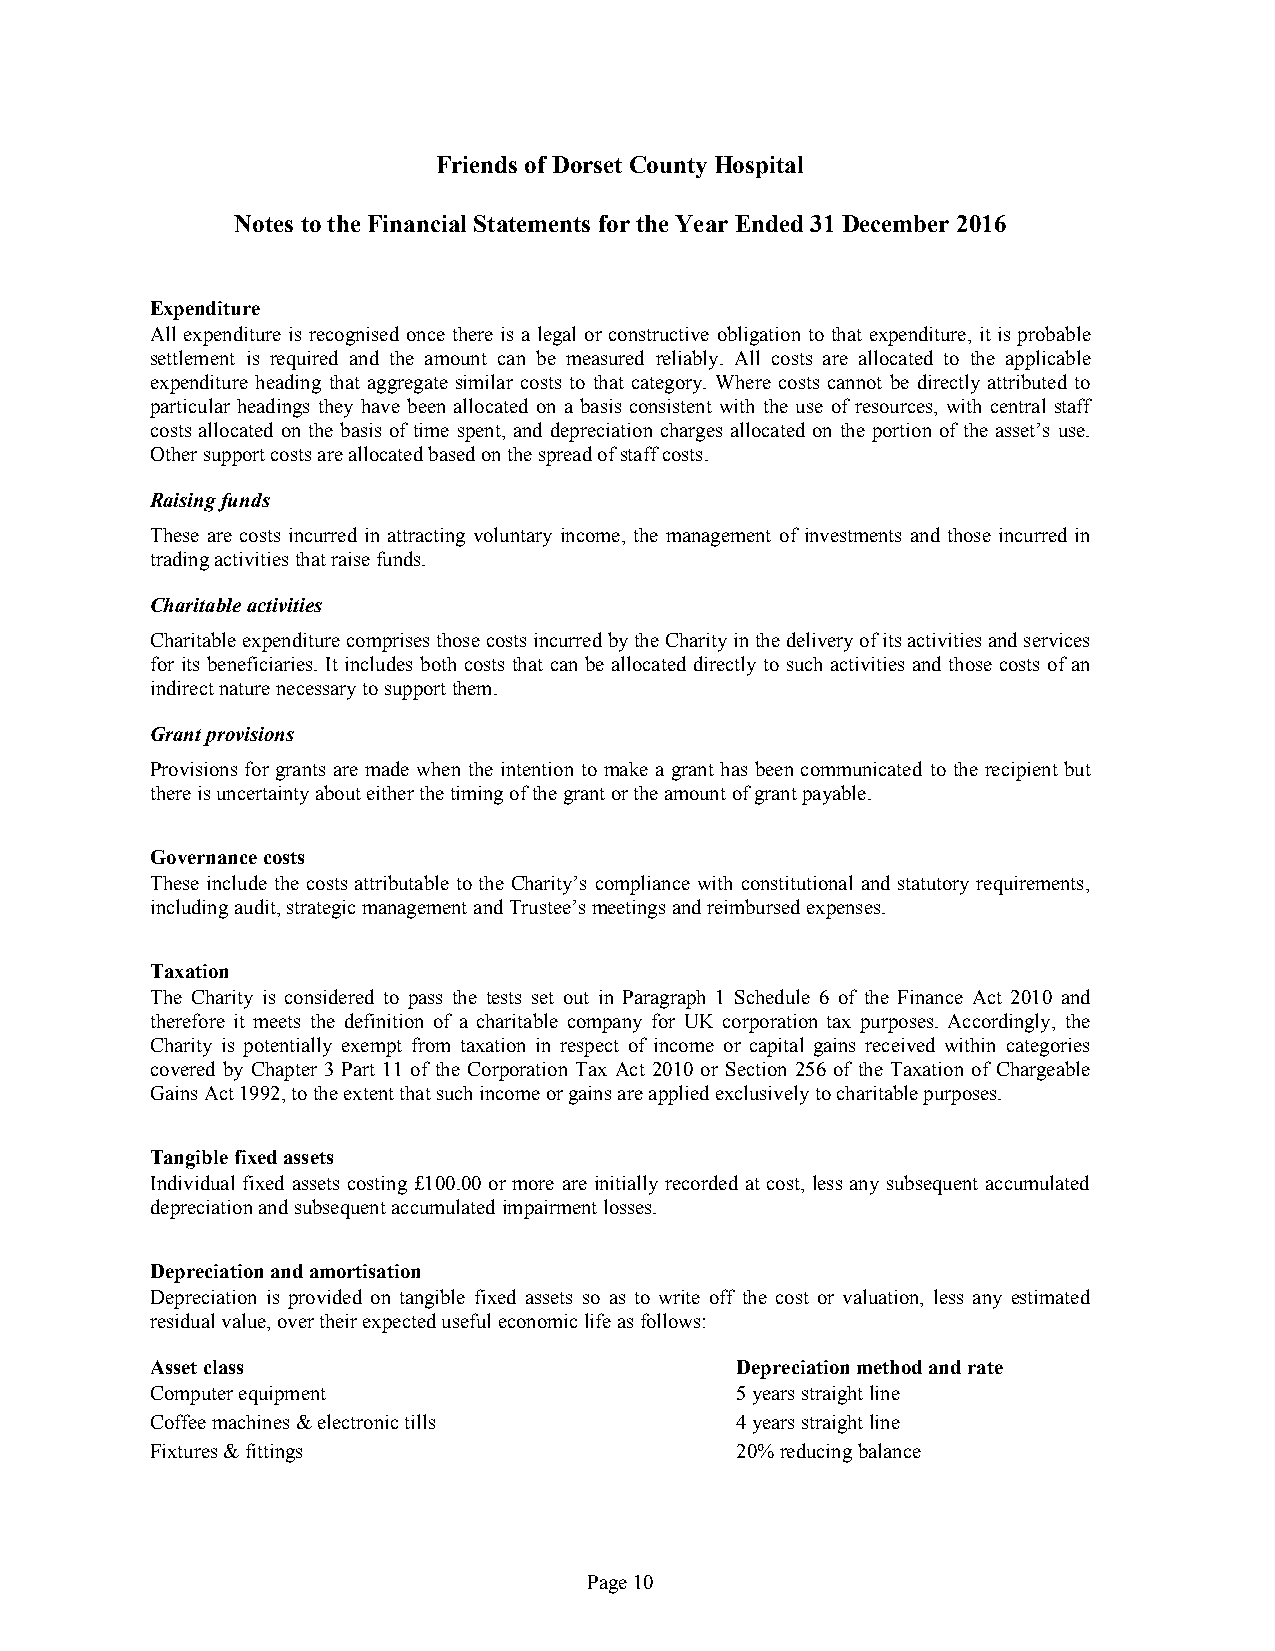
Friends ofDorset County Hospital
 Notes tothe Financial Statements forthe Year Ended31December 2016
 Expenditure
 All expenditure is recognised once there is a legal or constructive obligation to that expenditure, it is probable
 settlement is required and the amount can be measured reliably. All costs are allocated to the applicable
 expenditure heading that aggregate similar costs to that category. Where costs cannot be directly attributed to
 particular headings they have been allocated on a basis consistent with the use of resources, with central staff
 costs allocated on the basis of time spent, and depreciation charges allocated on the portion of the asset’s use.
 Othersupportcostsareallocatedbasedonthespreadofstaffcosts.
 Raisingfunds
 These are costs incurred in attracting voluntary income, the management of investments and those incurred in
 tradingactivitiesthatraisefunds.
 Charitableactivities
 CharitableexpenditurecomprisesthosecostsincurredbytheCharityinthedeliveryofitsactivitiesandservices
 for its beneficiaries. It includes both costs that can be allocated directly to such activities and those costs of an
 indirectnaturenecessarytosupportthem.
 Grantprovisions
 Provisions for grants are made when the intention to make a grant has been communicated to the recipient but
 thereisuncertaintyabouteitherthetimingofthegrantortheamountofgrantpayable.
 Governancecosts
 These include the costs attributable to the Charity’s compliance with constitutional and statutory requirements,
 includingaudit,strategicmanagement andTrustee’smeetingsandreimbursedexpenses.
 Taxation
 The Charity is considered to pass the tests set out in Paragraph 1 Schedule 6 of the Finance Act 2010 and
 therefore it meets the definition of a charitable company for UK corporation tax purposes. Accordingly, the
 Charity is potentially exempt from taxation in respect of income or capital gains received within categories
 covered by Chapter 3 Part 11 of the Corporation Tax Act 2010 or Section 256 of the Taxation of Chargeable
 GainsAct1992,totheextentthatsuchincomeorgainsareappliedexclusivelytocharitablepurposes.
 Tangiblefixedassets
 Individual fixed assets costing £100.00 or more are initially recorded at cost, less any subsequent accumulated
 depreciationandsubsequentaccumulatedimpairmentlosses.
 Depreciationandamortisation
 Depreciation is provided on tangible fixed assets so as to write off the cost or valuation, less any estimated
 residualvalue,overtheirexpectedusefuleconomiclifeasfollows:
 Assetclass                             Depreciationmethodandrate
 Computerequipment                      5yearsstraightline
 Coffeemachines&electronictills         4yearsstraightline
 Fixtures&fittings                      20%reducingbalance
 Page10